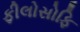
ફીલોસોફિ